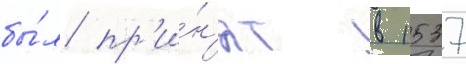
бы́л пр'и́н'ят в 1537